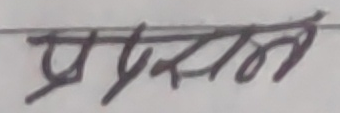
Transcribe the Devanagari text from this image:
प्रशासन